Annual report on the working of the mental hospitals in the Madras Presidency - 1912-1932
Year: 1912
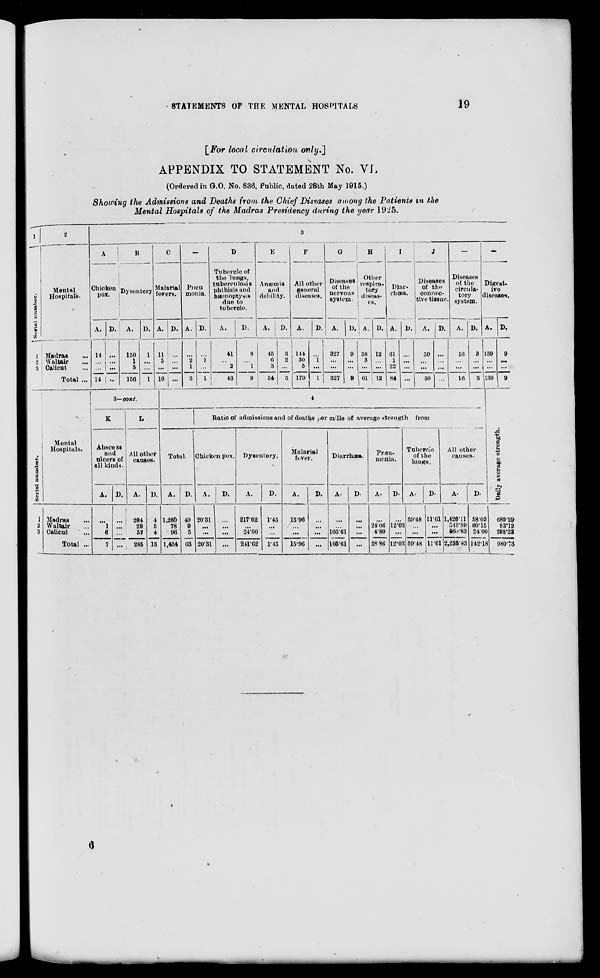
STATEMENTS OF THE MENTAL HOSPITALS
19
[For local circulation only.]
APPENDIX TO STATEMENT No. VI.
(Ordered in G.O. No. 836, Public, dated 28th May 1915.)
Showing the Admissions and Deaths from the Chief Diseases among the Patients in the
Mental Hospitals of the Madras Presidency during the year 1925.
1
Serial number.
1
2
3
2
Mental
Hospitals.
Madras
...
Waltair ...
Calicut ...
Total ...
3
A
Chicken
pox.
A.
14
...
...
14
D.
...
...
...
...
B
Dysentery
A.
150
1
5
150
D.
1
...
...
1
C
Malarial
fevers.
A.
11
5
...
16
D.
...
...
...
...
—
Pneu
monia.
A.
...
2
1
3
D.
...
1
...
1
D
Tubercle of
the lungs,
tuberculosis
phthisis and
hæmoptysis
due to
tubercle.
A.
41
...
2
43
)
D.
8
...
1
9
E
Anæmia
and
debility.
A.
45
6
3
54
D.
3
2
...
5
F
All other
general
diseases.
A.
144
30
5
179
D.
...
1
...
1
G
Diseases
of the
nervous
system.
A.
327
...
...
327
D.
9
...
...
9
H
Other
respira-
tory
diseas-
es.
A.
58
3
...
61
D.
12
...
...
12
I
Diar-
rhoea.
A.
61
1
22
84
D.
...
...
...
...
J
Diseases
of the
connec-
tive tissue.
A.
50
...
...
50
D.
...
...
...
...
—
Diseases
of the
circula-
tory
system.
A.
16
...
...
16
D.
3
...
...
3
—
Digest-
ive
diseases.
A.
139
...
...
139
D.
9
...
...
9
Serial number.
1
2
3
Mental
Hospitals.
Madras ...
Waltair ...
Calicut ...
Total ...
3—cont.
K
Abscess
and
ulcers of
all kinds.
A.
...
1
6
7
D.
...
...
...
...
L
All other
causes.
A.
204
29
52
285
D.
4
5
4
13
4
Ratio of admissions and of deaths per mille of average strength from
Total.
A.
1,260
78
96
1,434
D.
49
9
5
63
Chicken pox.
A.
20.31
...
...
20.31
D.
...
...
...
...
Dysentery.
A.
217.62
...
24.00
241.62
D.
1.45
...
...
1.45
Malarial
fever.
A.
15.96
...
...
15.96
D.
...
...
...
...
Diarrhœa.
A.
...
...
105.61
105.61
D.
...
...
...
...
Pneu-
monia.
A.
...
24.06
4.80
28.86
D.
...
12.03
...
12.03
Tubercle
of the
lungs.
A.
59.48
...
...
59.48
D.
11.61
...
...
11.61
All other
causes.
A.
1,426.11
348.89
460.83
2,235.83
D.
58.03
60.15
24.00
142.18
Daily average strength.
680.29
83.12
208.32
980.73
6